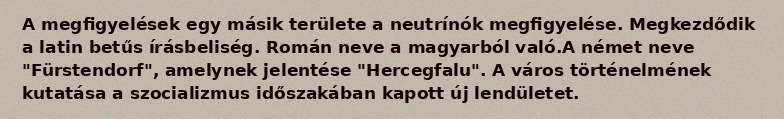
A megfigyelések egy másik területe a neutrínók megfigyelése. Megkezdődik a latin betűs írásbeliség. Román neve a magyarból való.A német neve "Fürstendorf", amelynek jelentése "Hercegfalu". A város történelmének kutatása a szocializmus időszakában kapott új lendületet.